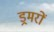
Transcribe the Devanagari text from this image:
ड्रमरों